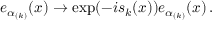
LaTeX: e _ { \alpha _ { ( k ) } } ( x ) \rightarrow \exp ( - i s _ { k } ( x ) ) e _ { \alpha _ { ( k ) } } ( x ) \, .